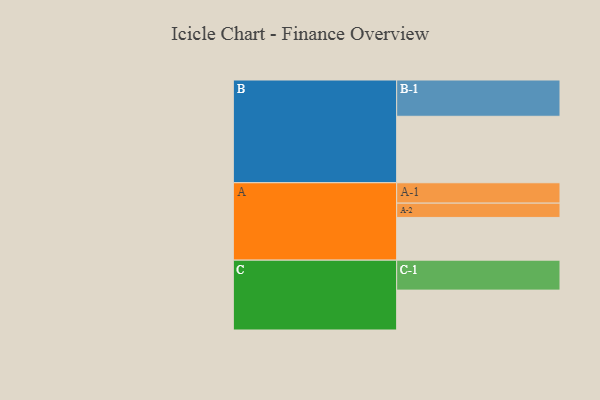
{"axis": {"x": "Segment", "y": "Value"}, "legend": ["", "A", "B", "C"], "data": [{"x": "A", "y": 344, "type": ""}, {"x": "B", "y": 535, "type": ""}, {"x": "C", "y": 321, "type": ""}, {"x": "A-1", "y": 164, "type": "A"}, {"x": "A-2", "y": 115, "type": "A"}, {"x": "B-1", "y": 292, "type": "B"}, {"x": "C-1", "y": 241, "type": "C"}]}